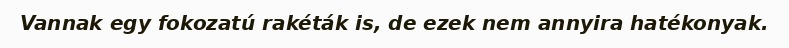
Vannak egy fokozatú rakéták is, de ezek nem annyira hatékonyak.